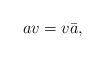
LaTeX: \begin{align*}av=v{\bar a},\end{align*}